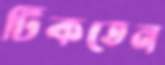
টিকতেন